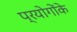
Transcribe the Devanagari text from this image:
प्रयोगोंके